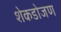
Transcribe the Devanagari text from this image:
शेकडोजण